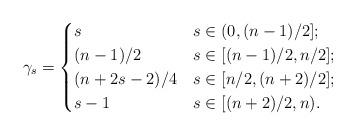
LaTeX: \begin{align*}\gamma_s=\begin{cases}s & s\in (0,(n-1)/2];\\(n-1)/2 & s\in [(n-1)/2,n/2];\\(n+2s-2)/4 & s\in [n/2,(n+2)/2];\\s-1 & s\in [(n+2)/2,n).\end{cases}\end{align*}